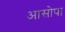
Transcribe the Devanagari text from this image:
आसोपा